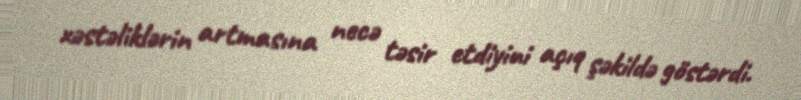
xəstəliklərin artmasına necə təsir etdiyini açıq şəkildə göstərdi.